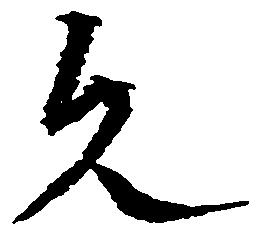
久